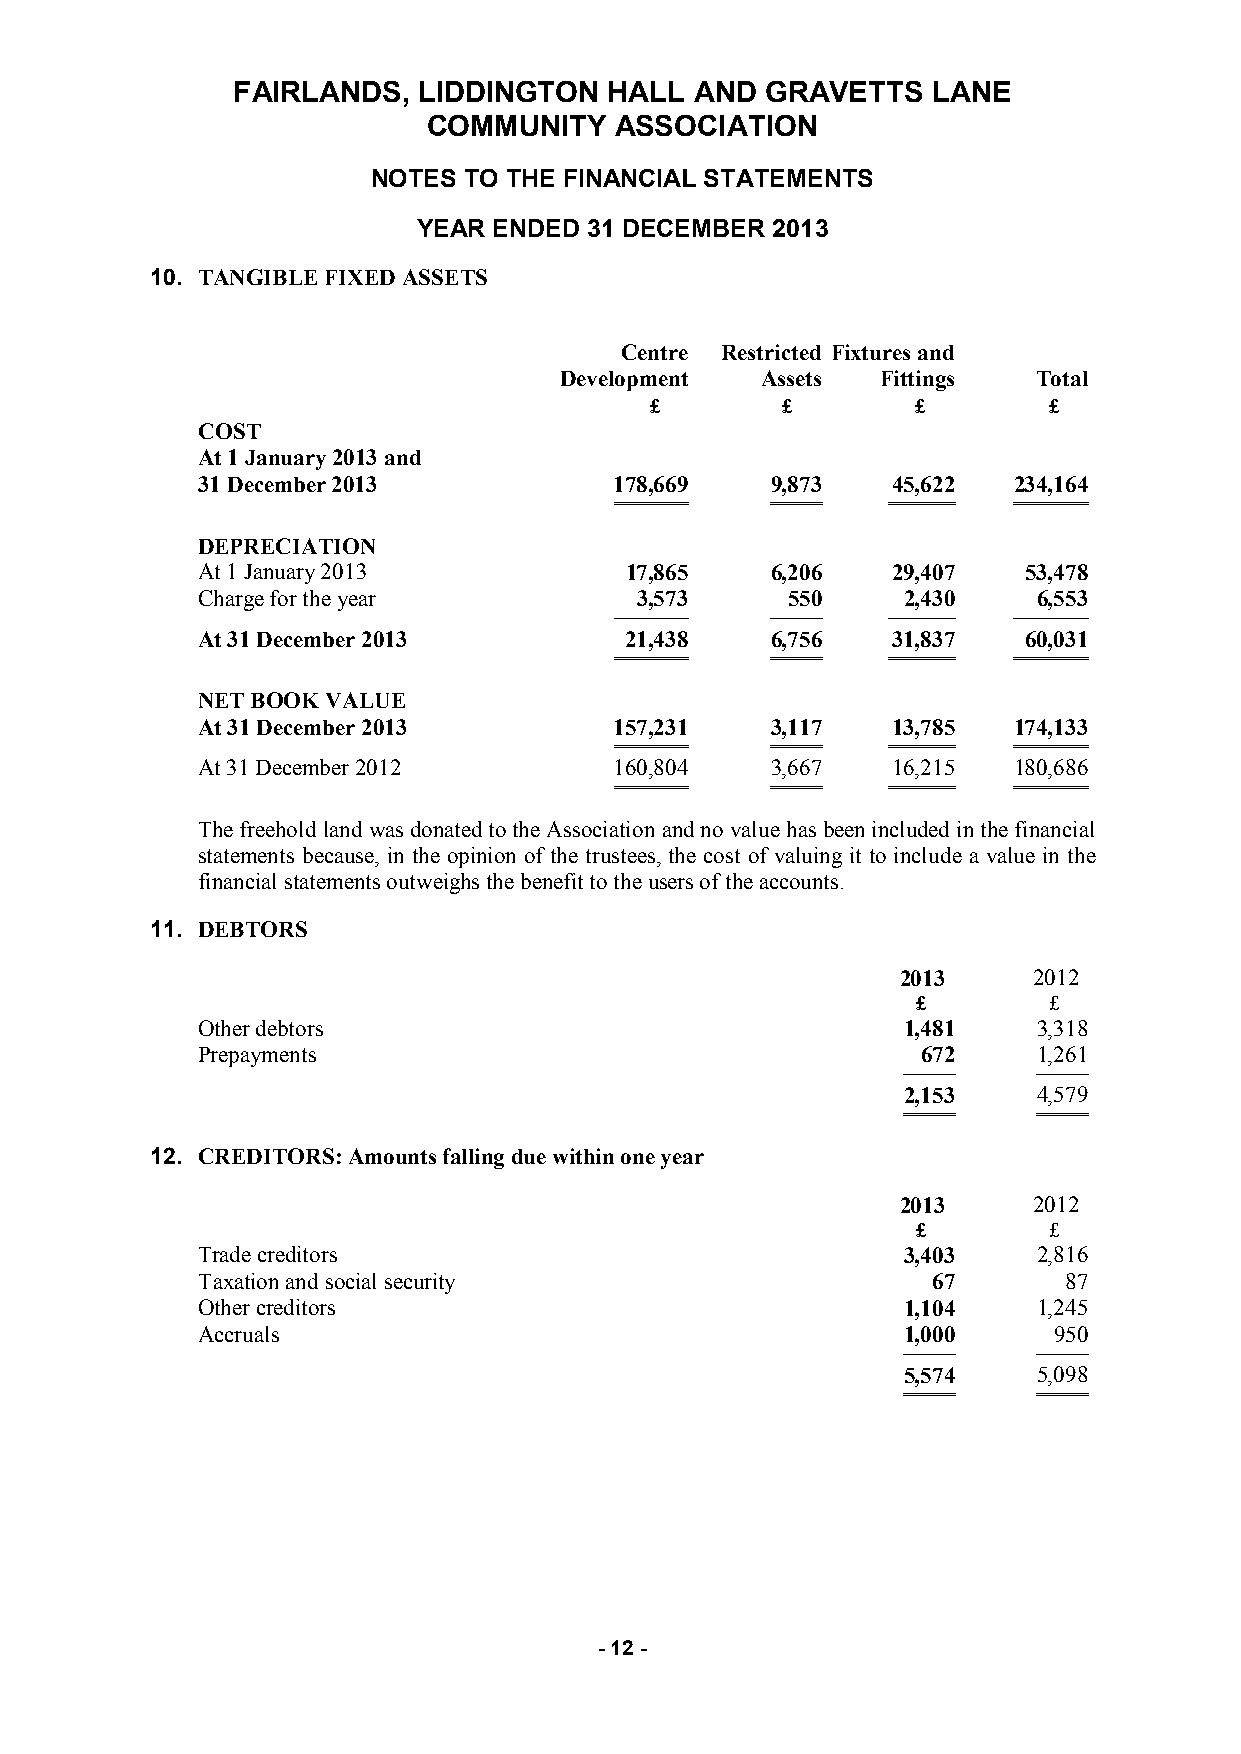
FAIRLANDS,   LIDDINGTON  HALL  AND  GRAVETTS   LANE
 COMMUNITY    ASSOCIATION
 NOTES TO THE FINANCIAL STATEMENTS
 YEAR ENDED 31 DECEMBER 2013
 10. TANGIBLE FIXED ASSETS
 Centre Restricted Fixtures and
 Development  Assets  Fittings   Total
 £        £        £       £
 COST
 At 1 January 2013 and
 31 December 2013            178,669   9,873   45,622  234,164
 ══════════ ═══════ ═════════ ══════════
 DEPRECIATION
 At 1 January 2013           17,865    6,206   29,407   53,478
 Charge for the year          3,573     550     2,430    6,553
 ────────── ─────── ───────── ──────────
 At 31 December 2013         21,438    6,756   31,837   60,031
 ══════════ ═══════ ═════════ ══════════
 NET BOOK VALUE
 At 31 December 2013         157,231   3,117   13,785  174,133
 ══════════ ═══════ ═════════ ══════════
 At 31 December 2012         160,804   3,667   16,215  180,686
 ══════════ ═══════ ═════════ ══════════
 The freehold land was donated to the Association and no value has been included in the financial
 statements because, in the opinion of the trustees, the cost of valuing it to include a value in the
 financial statements outweighs the benefit to the users of the accounts.
 11. DEBTORS
 2013    2012
 £       £
 Other debtors                                  1,481    3,318
 Prepayments                                     672     1,261
 ───────  ───────
 2,153    4,579
 ═══════  ═══════
 12. CREDITORS: Amounts falling due within one year
 2013    2012
 £       £
 Trade creditors                                3,403    2,816
 Taxation and social security                     67      87
 Other creditors                                1,104    1,245
 Accruals                                       1,000     950
 ───────  ───────
 5,574    5,098
 ═══════  ═══════
 - 12 -